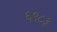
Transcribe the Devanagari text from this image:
६९८३